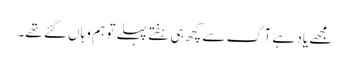
مجھے یاد ہے آگ سے کچھ ہی ہفتے پہلے تو ہم وہاں گئے تھے۔